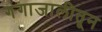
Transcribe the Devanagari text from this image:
गंगाजालीतून